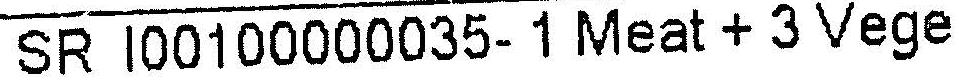
SR I00100000035- 1 MEAT + 3 VEGE